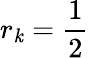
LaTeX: r_{\mathit{k}}={\frac{{1}}{{2}}}